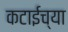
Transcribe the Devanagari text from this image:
कटाईच्या